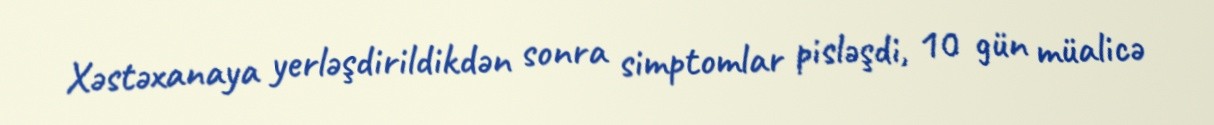
Xəstəxanaya yerləşdirildikdən sonra simptomlar pisləşdi, 10 gün müalicə